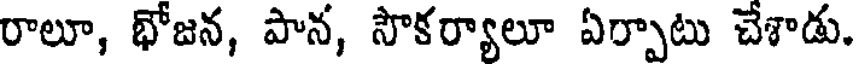
రాలూ, భోజన, పాన, సౌకర్యాలూ ఏర్పాటు చేశాడు.